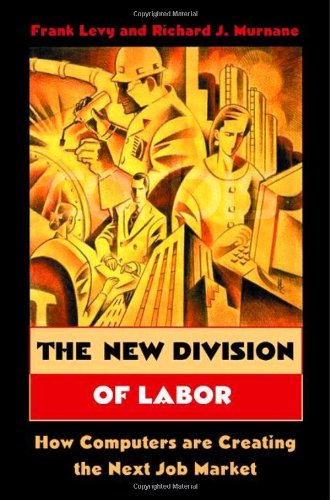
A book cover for The New Division of Labor: How Computers Are Creating the Next Job Market; Frank Levy; Business & Money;